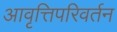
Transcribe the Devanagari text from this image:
आवृत्तिपरिवर्तन